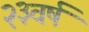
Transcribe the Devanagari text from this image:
२३वर्ष